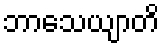
ဘာသေယျာတိ